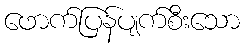
ဖောက်ပြန်ပျက်စီးသော